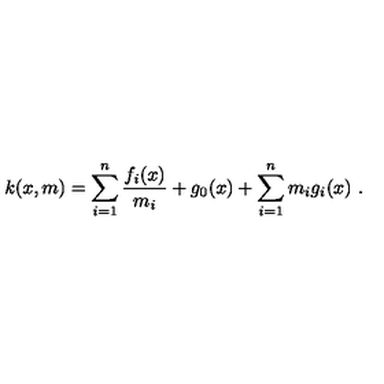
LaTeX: k ( x , m ) = \sum _ { i = 1 } ^ { n } \frac { f _ { i } ( x ) } { m _ { i } } + g _ { 0 } ( x ) + \sum _ { i = 1 } ^ { n } m _ { i } g _ { i } ( x ) \ .